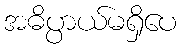
အဓိပ္ပာယ်မရှိပေ